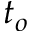
t _ { o }